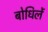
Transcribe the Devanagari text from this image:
बोधिलें